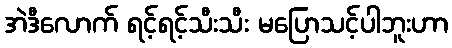
အဲဒီလောက် ရင့်ရင့်သီးသီး မပြောသင့်ပါဘူးဟာ